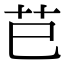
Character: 𦬊